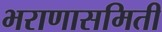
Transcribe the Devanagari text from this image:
भराणासमिती